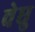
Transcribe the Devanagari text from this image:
वेधु